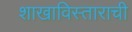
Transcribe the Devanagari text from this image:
शाखाविस्ताराची